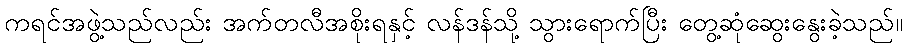
ကရင်အဖွဲ့သည်လည်း အက်တလီအစိုးရနှင့် လန်ဒန်သို့ သွားရောက်ပြီး တွေ့ဆုံဆွေးနွေးခဲ့သည်။